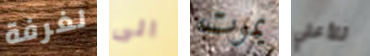
لغرفة الى يموت للأعلي